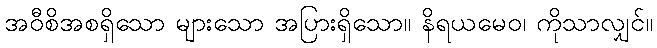
အဝီစိအစရှိသော များသော အပြားရှိသော။ နိရယမေဝ၊ ကိုသာလျှင်။